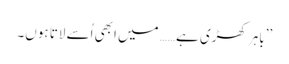
’’باہر کھڑی ہے…… میں ابھی اُسے لاتا ہوں۔